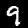
Digit: 9